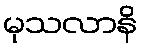
မုသလာနိ